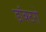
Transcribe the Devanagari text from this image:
डॉक्‍टरो